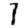
Digit: 1